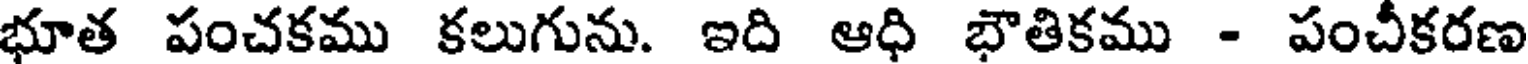
భూత పంచకము కలుగును. ఇది ఆధి భౌతికము - పంచీకరణ